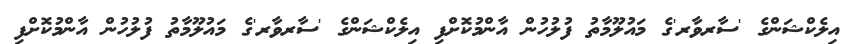
އިލެކްޝަންގެ 'ސާރވާރ'ގެ މައުލޫމާތު ފުލުހުން އާންމުކޮށްފި އިލެކްޝަންގެ 'ސާރވާރ'ގެ މައުލޫމާތު ފުލުހުން އާންމުކޮށްފި